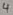
Text: 4